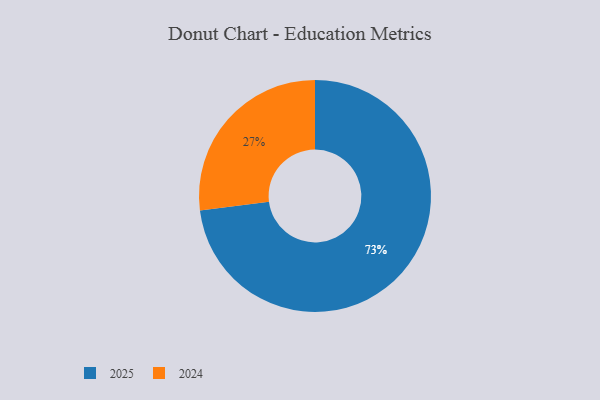
{"axis": {"x": "Category", "y": "Percentage"}, "legend": ["2024", "2025"], "data": [{"x": "2025", "y": 73, "type": "2025"}, {"x": "2024", "y": 27, "type": "2024"}]}